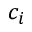
c _ { i }